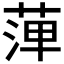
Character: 𦴝